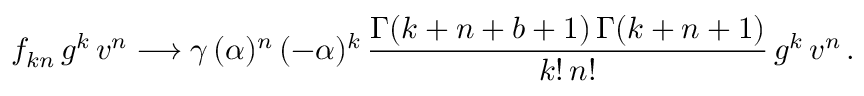
f _ { k n } \, g ^ { k } \, v ^ { n } \longrightarrow \gamma \, ( \alpha ) ^ { n } \, ( - \alpha ) ^ { k } \, \frac { \Gamma ( k + n + b + 1 ) \, \Gamma ( k + n + 1 ) } { k ! \, n ! } \, g ^ { k } \, v ^ { n } \, .